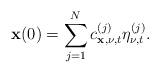
LaTeX: \begin{align*}\mathbf{x}(0)=\sum\limits_{j=1}^Nc_{\mathbf{x},\nu,t}^{(j)}\eta_{\nu,t}^{(j)}.\end{align*}